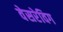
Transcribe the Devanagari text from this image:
वेसरेविग